system: You are a helpful assistant.
user:
Analyze the provided spectrum to determine if it is a **S-type Star**.

- **Key Indicators for S-type Star:**

    - **(Overall Spectrum Shape):** The first and most obvious characteristic is the overall continuum (the "baseline" shape). It is **extremely "red-sloping,"** meaning the flux (light intensity) is very low on the left side (blue, ~4000-4500 Å) and rises steeply and continuously toward the right side (red, ~7000 Å+).

    - **(Primary):** The spectrum is defined by the presence of strong, broad molecular absorption "valleys" (bands) from **Zirconium Oxide (ZrO)**. The identification of these bands is the **primary requirement** for classifying a star as S-type.
        - **(Key Bandheads):** You must find distinct, deep "dips" where the light has been absorbed. The most critical band systems to locate are:
            - **~6474 Å** ($\gamma$-system): This is often the strongest and clearest ZrO feature, found in the red part of the spectrum.
            - **~5718 Å** & **~5551 Å** ($\beta$-system): A pair of prominent absorption features in the yellow-orange part of the spectrum.
            - **~4640 Å** ($\alpha$-system): A key absorption band system in the blue-green region of the spectrum.

    - **(Secondary Confirmation):** The classification is strengthened by finding additional absorption bands from other related heavy element oxides, which are expected to be present alongside ZrO.
        - **(Key Bandheads):**
            - **Yttrium Oxide (YO):** Look for absorption dips near **~4800 Å** and **~6100 Å**.
            - **Lanthanum Oxide (LaO):** Additional absorption features, particularly in the red-orange part of the spectrum, are also characteristic.

    - **(Line Profile):** The combination of the steep red continuum and these numerous, deep molecular bands (ZrO, YO, etc.) gives the entire spectrum a very **"chopped-up"** or **"bumpy"** appearance. Instead of a smooth curve, the spectrum looks as though large, wide chunks of light have been "carved out" of it at the specific wavelengths listed above.

Think first, call **spectral_visualization_tool** if needed to examine features in detail, then provide your final answer. Your response must adhere to the following strict rules:
1.  **Overall Structure:** Your response must follow the format `<think>...</think> <tool_call>...</tool_call> (if a tool is used) <answer>...</answer>`.
2.  **Tool Usage Constraint:** You may only make **one** tool call per turn.
3.  **Final Answer Format:** In the `<answer>` tag, your conclusion must be inside a `\boxed{}` command (e.g., `\boxed{YES}` or `\boxed{NO}`), followed by your justification.

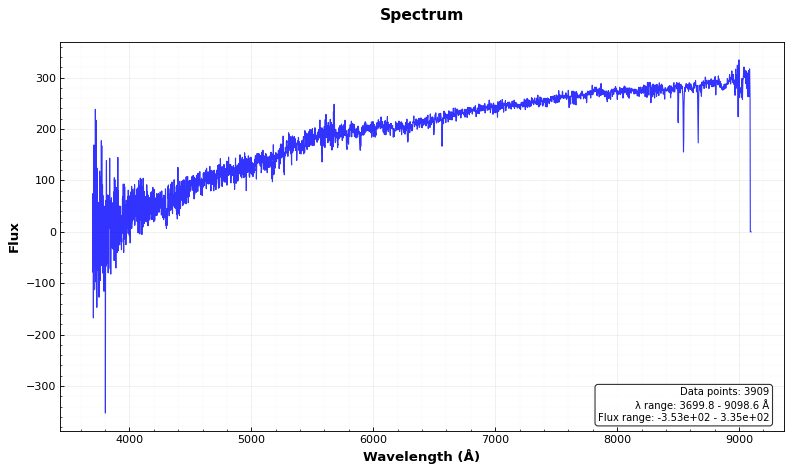
Answer: NO